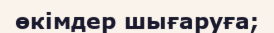
өкімдер шығаруға;